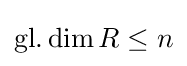
\operatorname {gl.dim} R\leq n